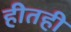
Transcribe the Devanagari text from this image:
हीतही